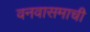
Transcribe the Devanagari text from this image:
वनवासमाची